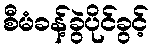
စီမံခန့်ခွဲပိုင်ခွင့်